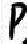
P